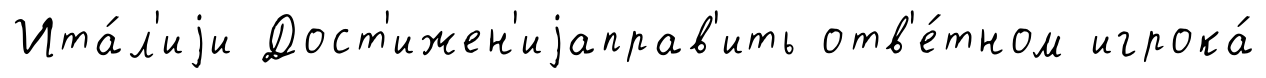
Ита́л'иjи Дост'ижен'иjаправ'ить отв'е́тном игрока́